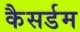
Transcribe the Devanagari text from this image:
कैसर्डम